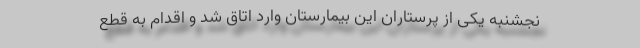
نجشنبه یکی از پرستاران این بیمارستان وارد اتاق شد و اقدام به قطع